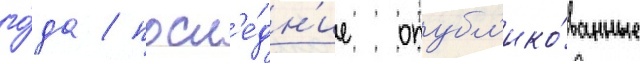
го́да / посл'е́дн'ие опубл'ико́ванные